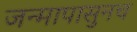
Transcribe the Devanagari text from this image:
जन्मापासुनच